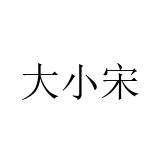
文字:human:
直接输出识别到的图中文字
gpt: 大小宋